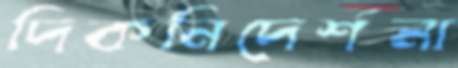
দিকনিদের্শনা